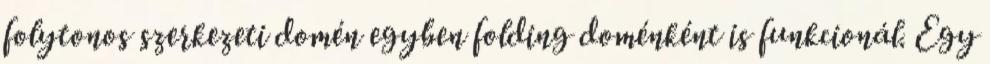
folytonos szerkezeti domén egyben folding doménként is funkcionál. Egy